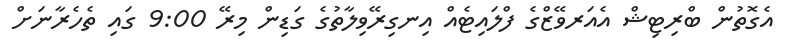
އެގޮތުން ބްރިޓިޝް އެއަރވޭޒްގެ ފްލައިޓެއް އިނގިރޭވިލާތުގެ ގަޑިން މިރޭ 9:00 ގައި ތެހެރާނަށް